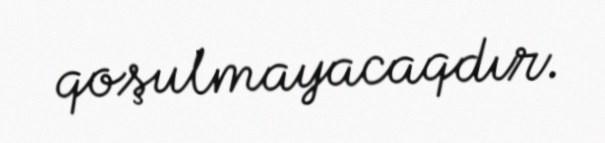
qoşulmayacaqdır.